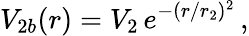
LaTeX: V_{2b}(r)=V_{2}\, e^{-(r/r_{2})^{2}}\, ,